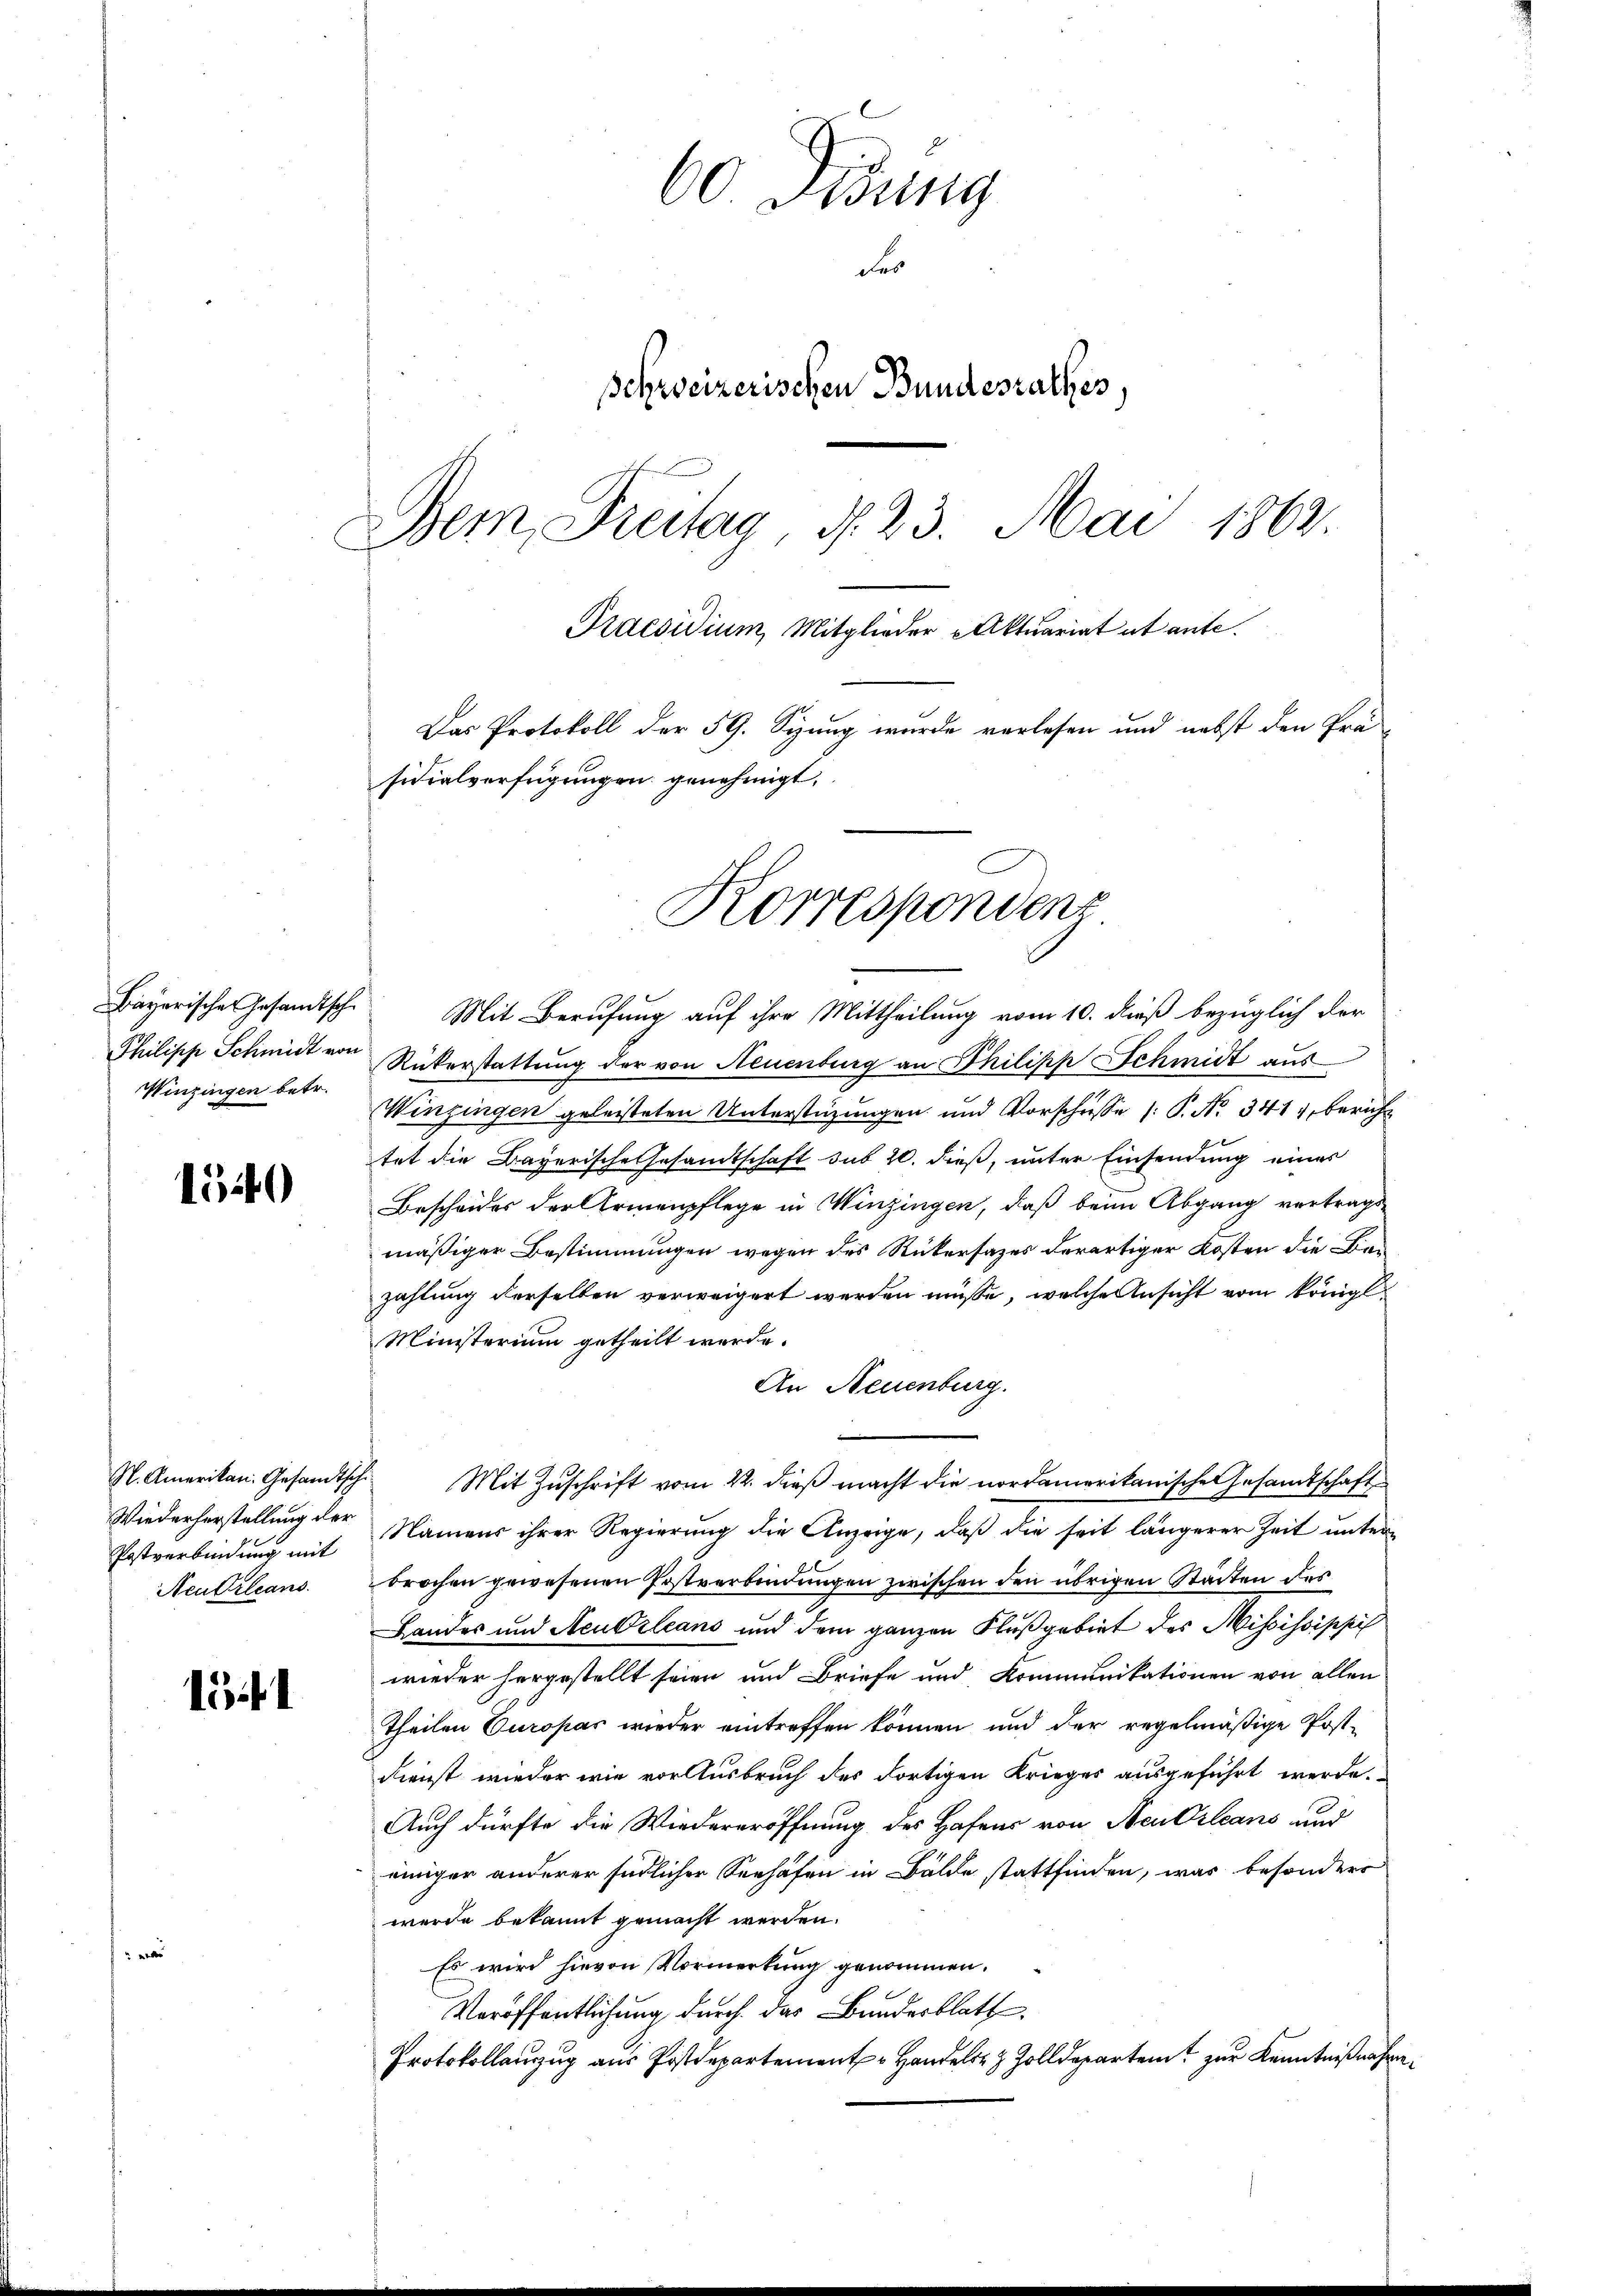
Bayerische Gesandtsche
Philisch Schmidt von
Winzingen betr.

1549

N. Amerikan. Gesandtsch
Wiederherstellung der
Postverbindung mit
Neukrleans

lif

60. Didung
des
Schweizerischen Bundesrathes.
Dem Freitag, d. 23. Mai 1863.
Praesidium, Mitglieder Aktuariat et ante.
Das Protokoll der 59. Syung wurde verlesen und nebst den Prä-
sidialverfügungen genehmigt,

Korrespondenz

Mit Berufung auf ihre Mittheilung vom 10. dieß bezüglich der
Rükerstattung der von Neuenburg an Philipp Schmidt aus
Winzingen geleisteten Unterstüzungen und Vorschüsse (: P. Nr. 341, bericht
tet die Bayerische Gesandtschaft sub 20. dieß, unter Einsendung eines
Bescheides der Armenpflege in Winzingen, daß beim Abgang vertrags-
mäßiger Bestimmungen wegen des Rükersazes derartiger Kosten die Bezahlung derselben verweigert werden müsse, welche Ansicht vom königl.
Ministerium getheilt werde.
An Neuenburg.
Mit Zuschrift vom 22. dieß macht die nordamerikanischen Gesamtschaft
Namens ihrer Regierung die Anzeige, daß die seit längerer Zeit unterbrochen gewesenen Postverbindungen zwischen den übrigen Städten des
Landes und Neubzleans und dem ganzen Flußgebiet des Mississippi
wieder hergestellt seien und Briefe und Kommunikationen von allen
theilen Europas wieder eintreffen können und der regelmäßige Post¬
Dienst wieder wie vor Ausbruch des dortigen Krieges ausgeführt werde.
Auch dürfte die Wiedereröffnung des Hafens von Neu Orleans und
einiger anderer südlicher Seehafen in Bälde stattfinden, was besonders
wurde bekannt gemacht werden.
Es wird hievon Vormerkung genommen.
Veröffentlichung durch das Bundesblatt
Protokollanzug aus Postdepartement Handels Zolldepartem zur Kenntnißnahme